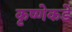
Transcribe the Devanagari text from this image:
कृष्णेकडे